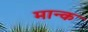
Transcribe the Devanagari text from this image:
मान्क